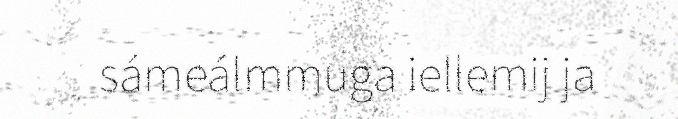
sámeálmmuga iellemij ja